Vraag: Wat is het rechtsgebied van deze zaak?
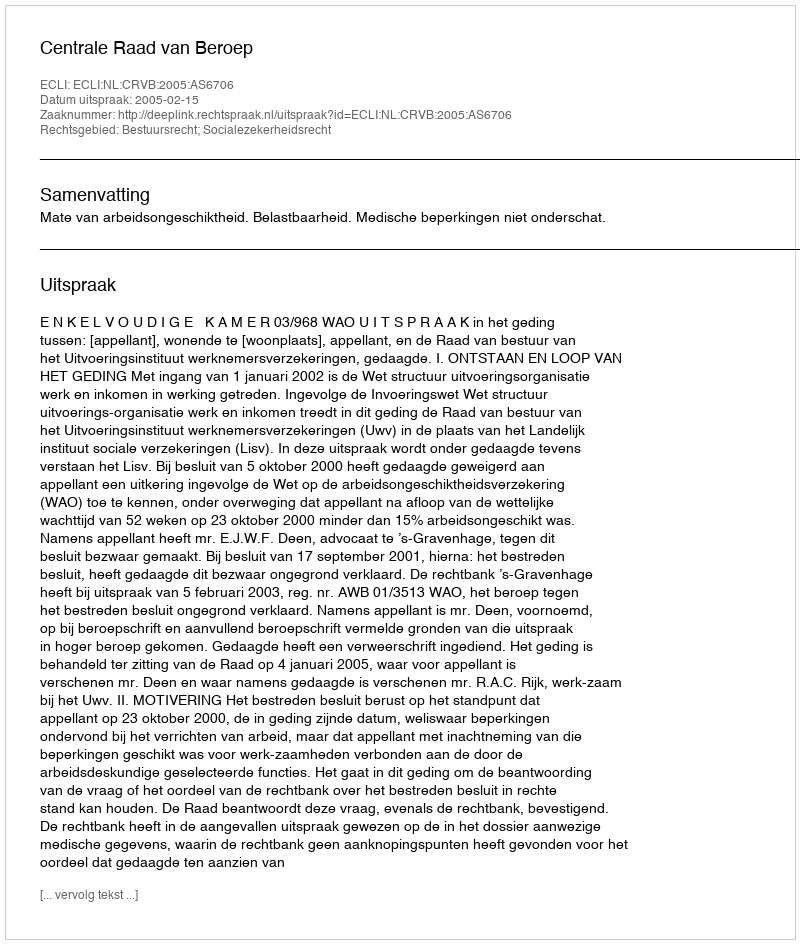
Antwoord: Bestuursrecht; Socialezekerheidsrecht